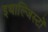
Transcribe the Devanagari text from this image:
इथाल्जिस्टों